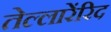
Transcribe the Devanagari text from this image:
तेल्लारेंरिद